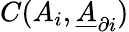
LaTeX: C(A_{i},\underline{{A}}_{\partial i})